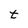
Character: t